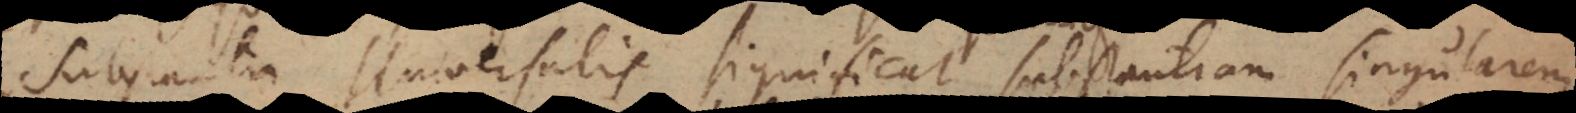
antia Universalis significat substantiam singulare